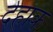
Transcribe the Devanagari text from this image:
देहाक